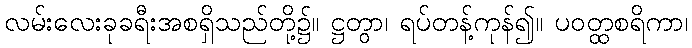
လမ်းလေးခုခရီးအစရှိသည်တို့၌။ ဋ္ဌတွာ၊ ရပ်တန့်ကုန်၍။ ပဝတ္ထစရိကာ၊